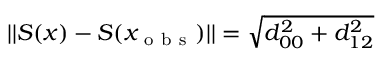
| | S ( x ) - S ( x _ { \mathrm { ~ o ~ b ~ s ~ } } ) | | = \sqrt { d _ { 0 0 } ^ { 2 } + d _ { 1 2 } ^ { 2 } }